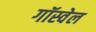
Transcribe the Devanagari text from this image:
गॉस्वेल